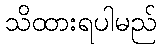
သိထားရပါမည်